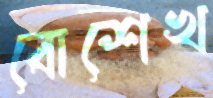
বোশেখ